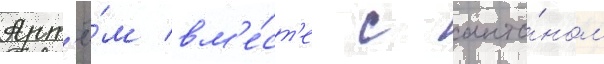
Арт'ё́м вм'е́ст'е с анто́ном